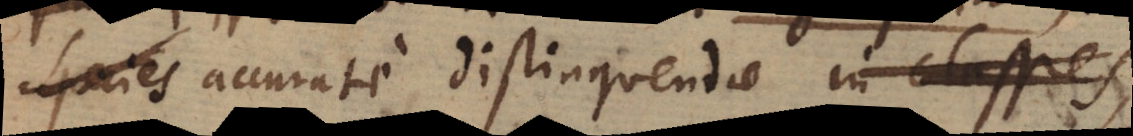
Species accurate distinguendae in classes